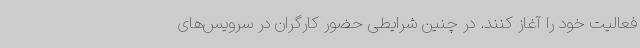
فعالیت خود را آغاز کنند. در چنین شرایطی حضور کارگران در سرویس‌های